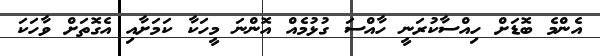
އެންމެ ބޮޑަށް ހިއްސާކުރަނީ ހާއްސަ ގުޅުމެއް އޮންނަ މީހަކާ ކަމަށާއި އެގޮތަށް ވާހަކަ